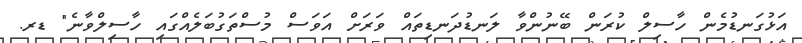
އަޅުގަނޑުމެން ހާސިލް ކުރަން ބޭނުންވާ ލަނޑުދަނޑިތައް ވަރަށް އަވަސް މުސްތަގުބަލެއްގައި ހާސިލްވާނެ" ޑރ.